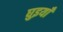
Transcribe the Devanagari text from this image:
घुइयाँ